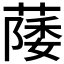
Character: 𫉛